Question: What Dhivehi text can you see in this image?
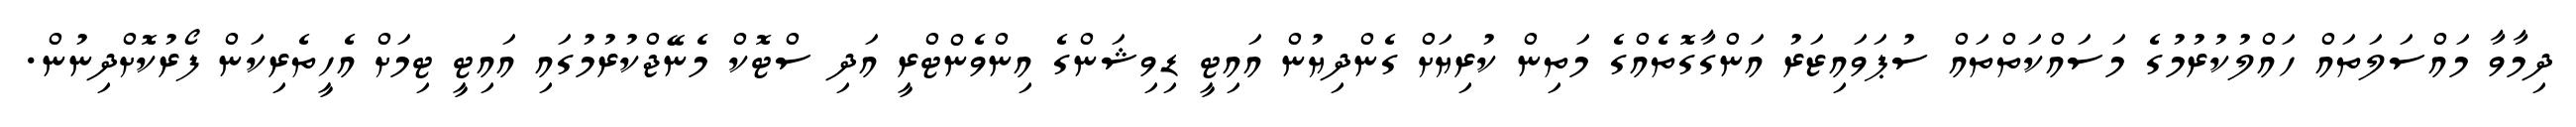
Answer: ދިމާވާ މައްސަލަތައް ހައްލުކުރުމުގެ މަސައްކަތްތައް ސުޕަވައިޒަރު އަންގާގޮތެއްގެ މަތިން ކުރިޔަށް ގެންދިޔުން އައިޓީ ޑިވިޝަންގެ އިންވެންޓްރީ އަދި ސްޓޮކް މެނޭޖްކުރުމުގައި އައިޓީ ޓިމަށް އެހީތެރިކަން ފޯރުކޮށްދިނުން.